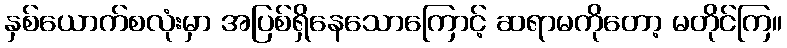
နှစ်ယောက်စလုံးမှာ အပြစ်ရှိနေသောကြောင့် ဆရာမကိုတော့ မတိုင်ကြ။